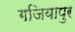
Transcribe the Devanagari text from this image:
गजियापुर